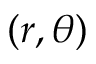
( r , \theta )